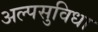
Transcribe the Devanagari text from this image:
अल्पसुविधा